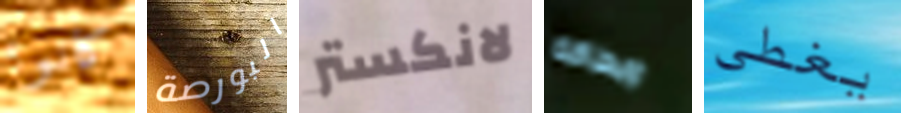
كانوا البورصة لانكستر وبطاقة يغطي